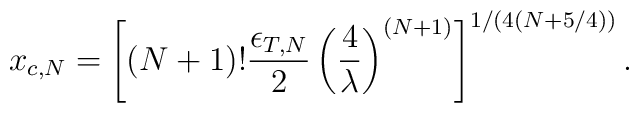
x_{c,N} = \left[ \left( N+1 \right) !   {\epsilon_{T,N}  \over 2 }  \left( {4 \over \lambda} \right)^{(N+1)} \right]^{1/(4(N + 5/4))}.